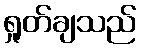
ရှုတ်ချသည်